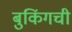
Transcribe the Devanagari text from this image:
बुकिंगची